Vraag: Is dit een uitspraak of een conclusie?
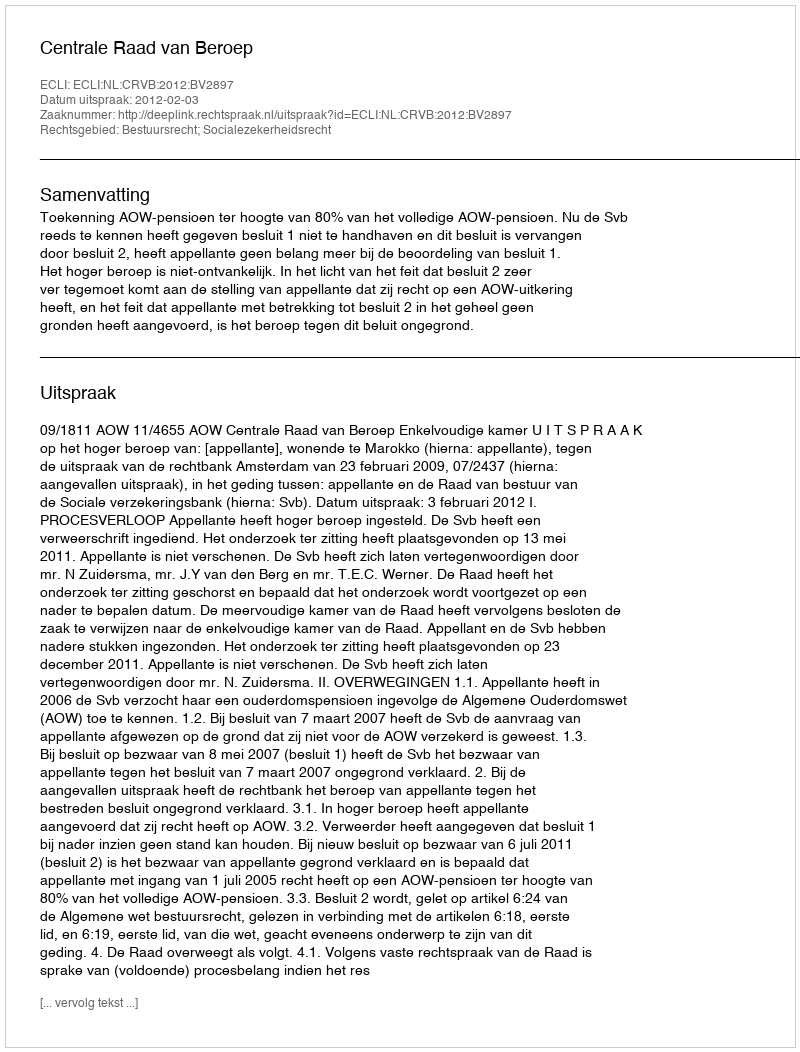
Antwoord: Uitspraak